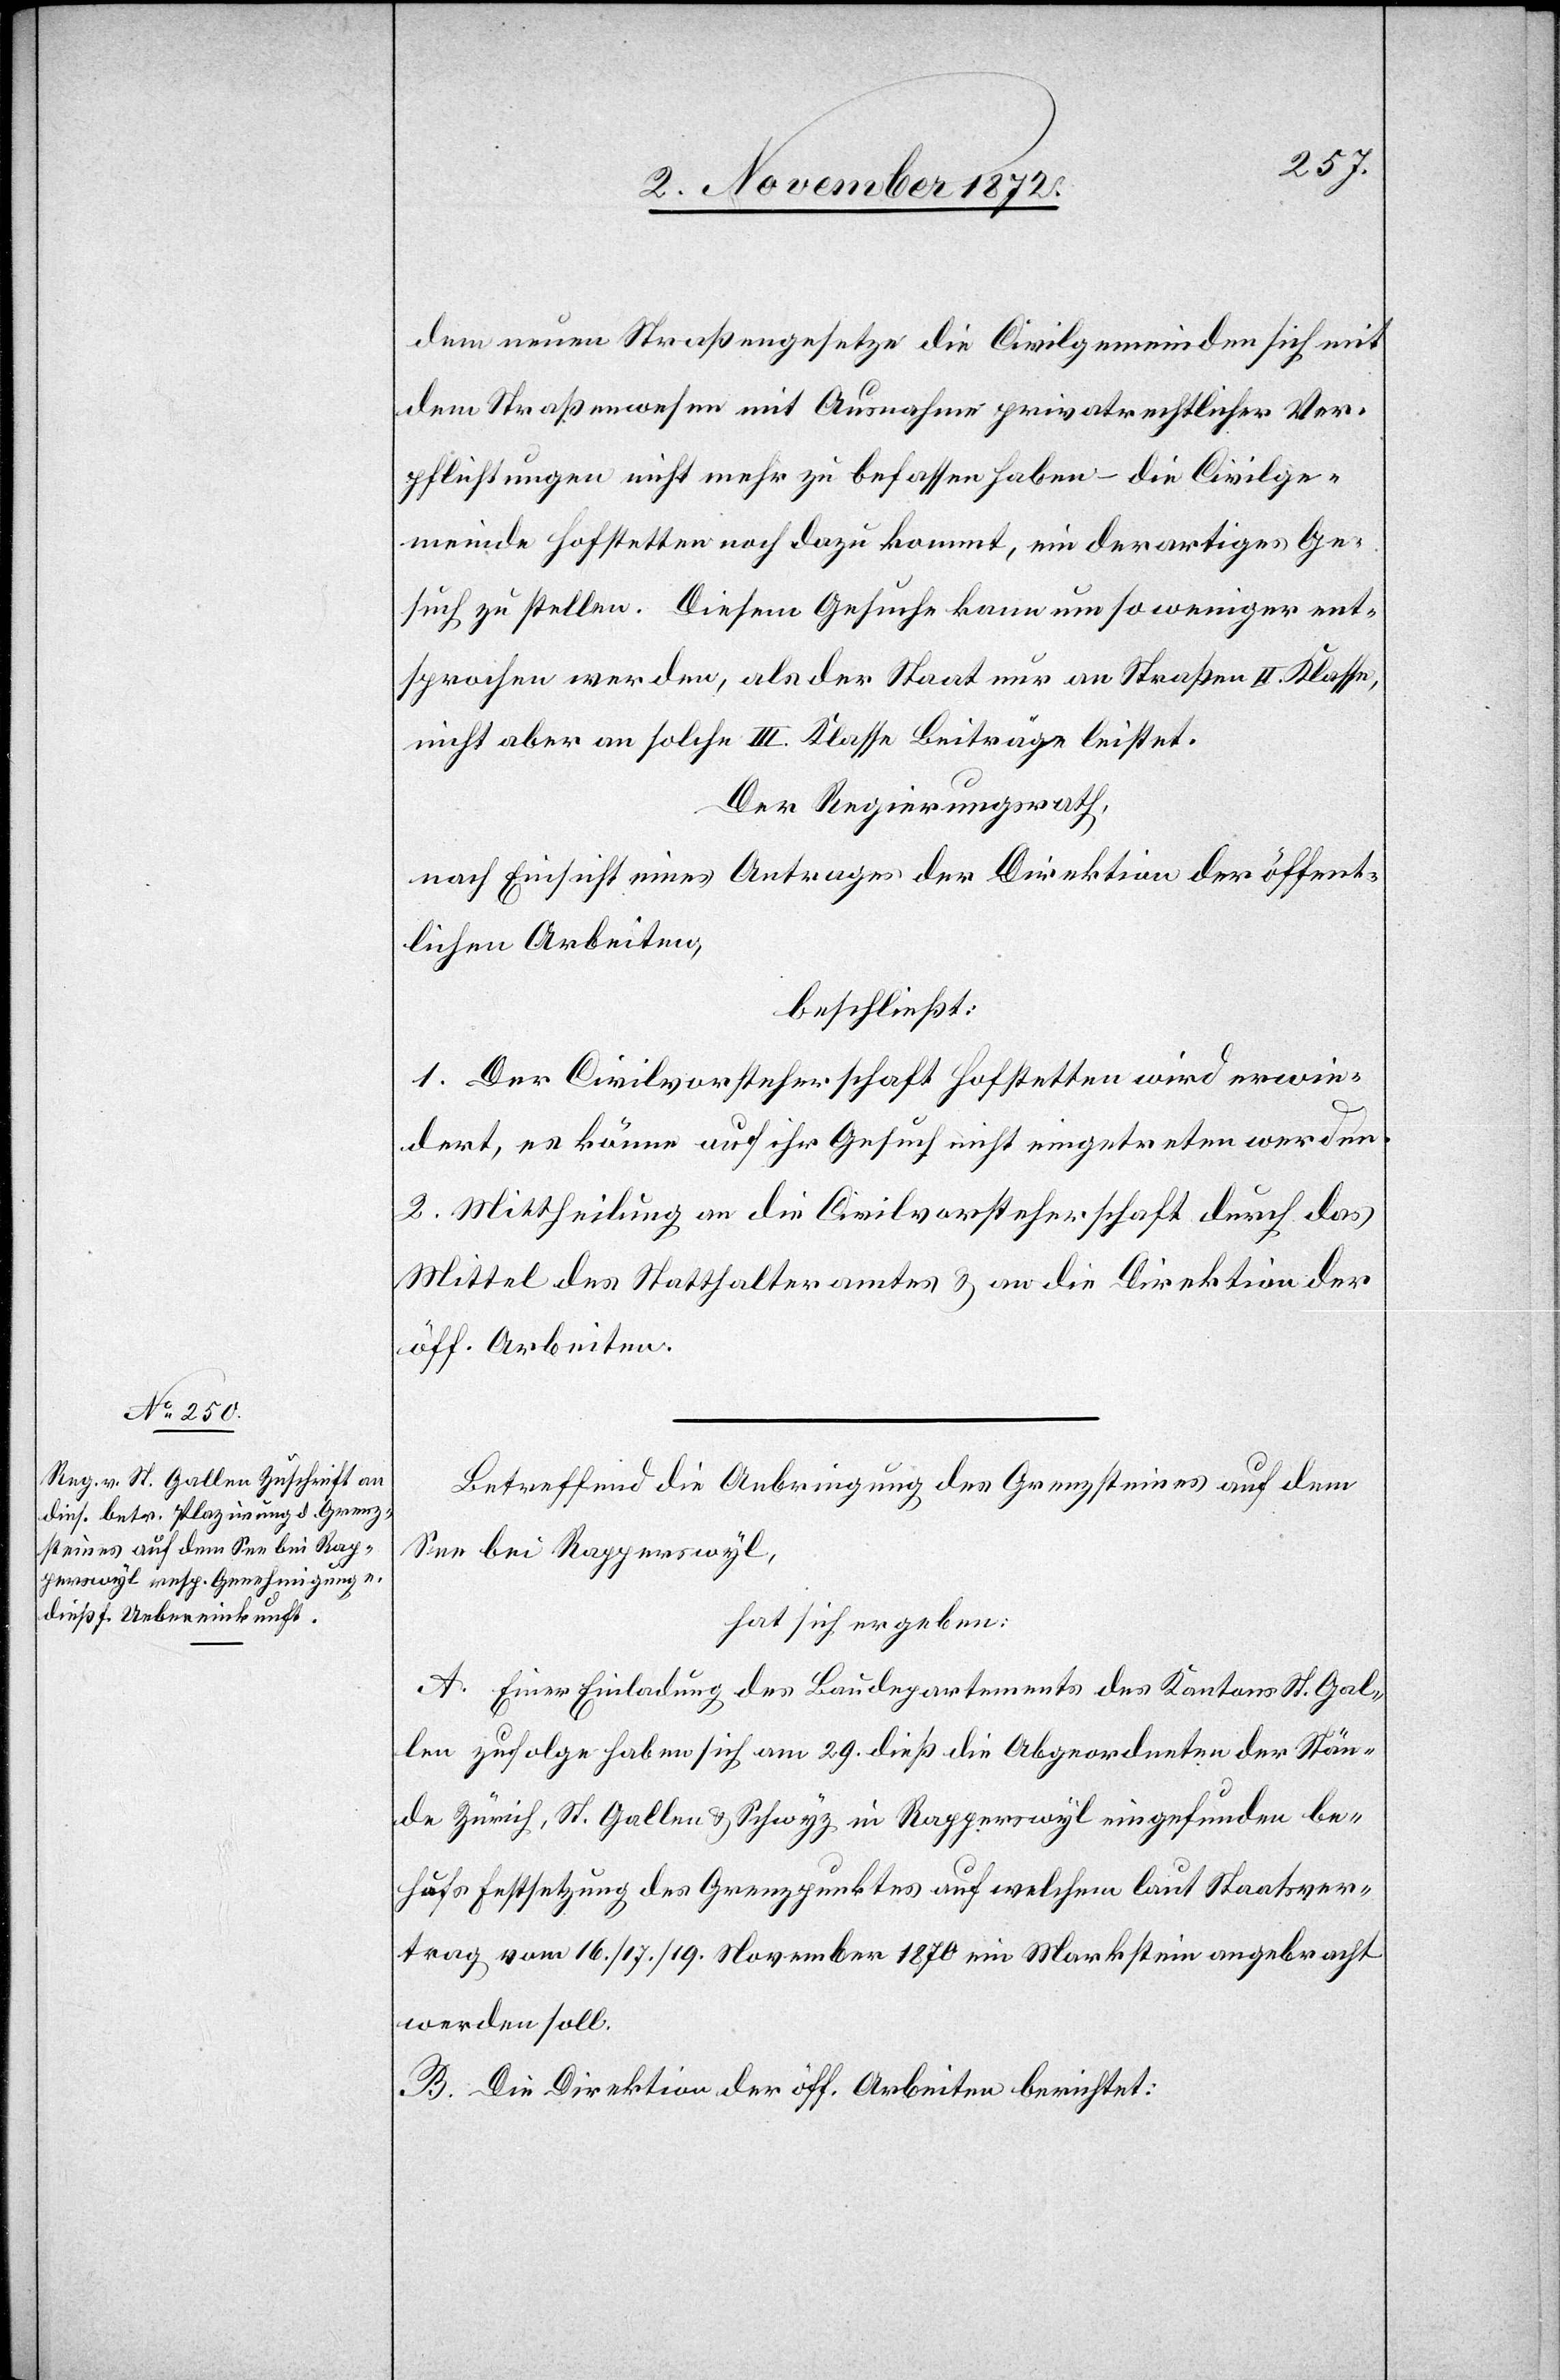
dem neuen Straßengesetze die Civilgemeinden sich mit
dem Straßenwesen mit Ausnahme privatrechtlicher Ver¬
pflichtungen nicht mehr zu befassen haben – die Civilge¬
meinde Hofstetten noch dazu kommt, ein derartiges Ge¬
such zu stellen. Diesem Gesuch kann um so weniger ent¬
sprochen werden, als der Staat nur an Straßen II. Klasse,
nicht aber an solche III. Klasse Beiträge leistet.
Der Regierungsrath,
nach Einsicht eines Antrages der Direktion der öffent¬
lichen Arbeiten,
beschließt:
1. Der Civilvorsteherschaft Hofstetten wird erwie¬
dert, es könne auf ihr Gesuch nicht eingetreten werden.
2. Mittheilung an die Civilvorsteherschaft durch das
Mittel des Statthalteramtes u. an die Direktion der
öff. Arbeiten.
Betreffend die Anbringung des Grenzsteines auf dem
See bei Rapperswyl,
hat sich ergeben:
A. Einer Einladung des Baudepartements des Kantons St. Gal¬
len zufolge haben sich am 29. dieß die Abgeordneten der Stän¬
de Zürich, St. Gallen u. Schwyz in Rapperswyl eingefunden be¬
hufs Festsetzung des Grenzpunktes auf welchem laut Staatsver¬
trag vom 16./17./19. November 1870 ein Markstein angebracht
werden soll.
B. Die Direktion der öff. Arbeiten berichtet: